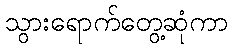
သွားရောက်တွေ့ဆုံကာ